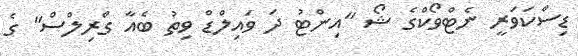
ޑިސްކަވަރީ ނެޓްވޯކްގެ ޝޯ "އިންޓު ދަ ވައިލްޑް ވިތު ބެއާ ގްރިލްސް" ގެ